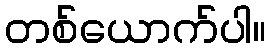
တစ်ယောက်ပါ။